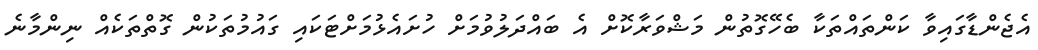
އެޖެންޑާގައިވާ ކަންތައްތަކާ ބެހޭގޮތުން މަޝްވަރާކޮށް އެ ބައްދަލުވުމަށް ހުށައެޅުމަށްޓަކައި ގައުމުތަކުން ގޮތްތަކެއް ނިންމާނެ